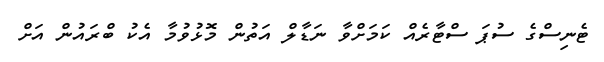
ޓެނިސްގެ ސުޕަ ސްޓާރެއް ކަމަށްވާ ނަޑާލް އަތުން މޮޅުވުމާ އެކު ބްރައުން އަށް